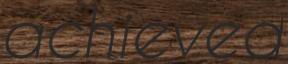
achieved